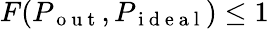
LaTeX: F(P_{\mathrm{~o~u~t~}},P_{\mathrm{~i~d~e~a~l~}})\leq 1